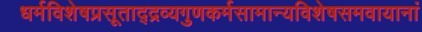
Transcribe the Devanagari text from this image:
धर्मविशेषप्रसूताद्द्रव्यगुणकर्मसामान्यविशेषसमवायानां